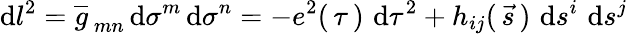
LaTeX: \mathrm{d}l^{2}=\overline{{{g}}}_{\, mn}\, \mathrm{d}\sigma^{m}\, \mathrm{d}\sigma^{n}=-e^{2}(\, \tau\, )\, \, \mathrm{d}\tau^{2}+h_{ij}(\, \vec{{s}}\, )\, \, \mathrm{d}s^{i}\, \, \mathrm{d}s^{j}